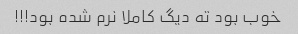
خوب بود ته دیگ کاملا نرم شده بود!!!